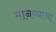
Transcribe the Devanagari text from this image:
मानव्याचा